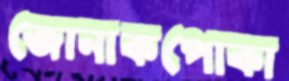
জোনাকপোকা